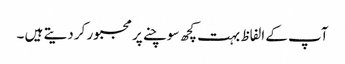
آپ کے الفاظ بہت کچھ سوچنے پر مجبور کر دیتے ہیں ۔